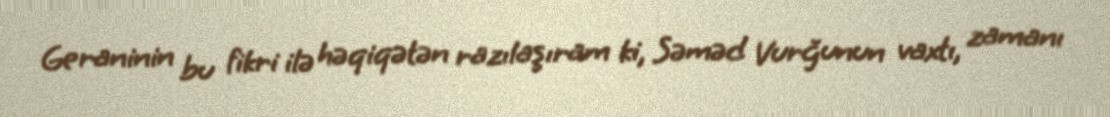
Geraninin bu fikri ilə həqiqətən razılaşıram ki, Səməd Vurğunun vaxtı, zamanı